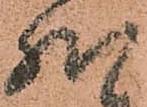
然